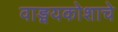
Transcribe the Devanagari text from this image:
वाङ्मयकोशाचे